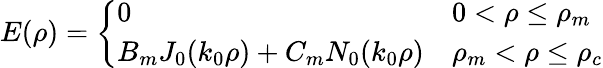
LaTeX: E(\rho)=\left\{ \begin{array}{ll}{0}&{0<\rho\leq\rho_{m}}\\ {B_{m}J_{0}(k_{0}\rho)+C_{m}N_{0}(k_{0}\rho)}&{\rho_{m}<\rho\leq\rho_{c}}\end{array}\right.